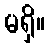
မရှိ။